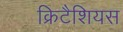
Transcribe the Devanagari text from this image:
क्रिटैशियस